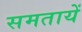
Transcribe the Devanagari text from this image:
समतायें